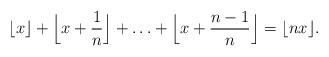
LaTeX: \begin{align*} \lfloor x \rfloor + \Big\lfloor x + \frac1n \Big\rfloor + \ldots + \Big\lfloor x + \frac{n-1}n \Big\rfloor = \lfloor nx \rfloor. \end{align*}